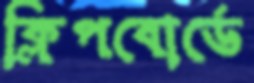
ক্লিপবোর্ডে